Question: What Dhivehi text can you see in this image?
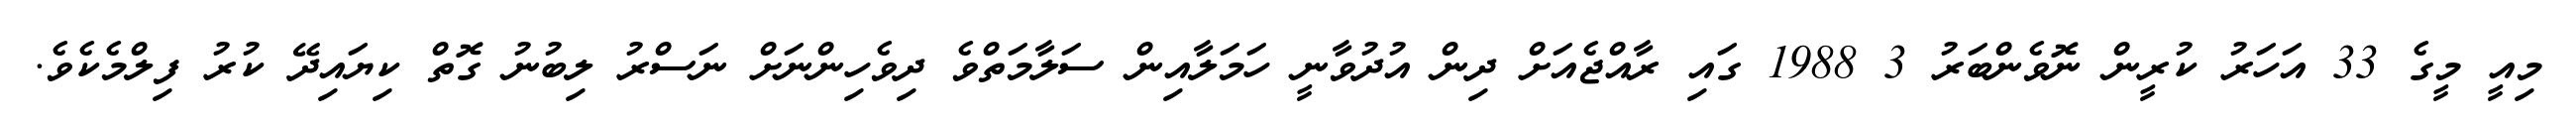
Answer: މިއީ މީގެ 33 އަހަރު ކުރީން ނޮވެންބަރު 3 1988 ގައި ރާއްޖެއަށް ދިން އުދުވާނީ ހަމަލާއިން ސަލާމަތްވެ ދިވެހިންނަށް ނަސްރު ލިބުނު ގޮތް ކިޔައިދޭ ކުރު ފިލްމެކެވެ.